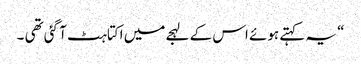
“ یہ کہتے ہوئے اس کے لہجے میں اکتاہٹ آ گئی تھی ۔